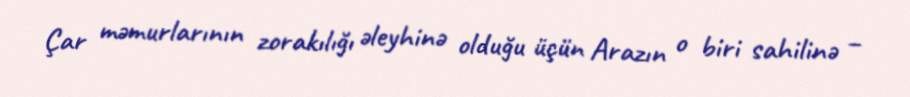
Çar məmurlarının zorakılığı əleyhinə olduğu üçün Arazın o biri sahilinə –